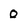
Character: 0